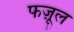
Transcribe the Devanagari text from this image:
फज़ूल